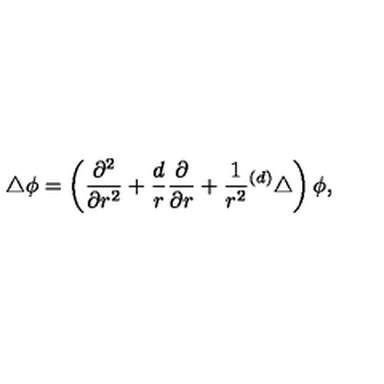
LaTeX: \bigtriangleup \phi = \left( { \frac { \partial ^ { 2 } } { \partial r ^ { 2 } } } + { \frac { d } { r } } { \frac { \partial } { \partial r } } + { \frac { 1 } { r ^ { 2 } } } { } ^ { ( d ) } \bigtriangleup \right) \phi ,